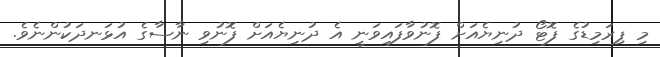
މި ޕިރަމިޑުގެ ފޮޓޯ ދުނިޔެއަށް ފޮނުވާފައިވަނީ އެ ދުނިޔެއަށް ފޮނުވި ނާސާގެ އުޅަނދަކުންނެވެ.